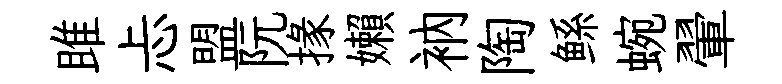
雎忐盟阮掾嬾衲陶鲧蜿翬